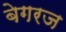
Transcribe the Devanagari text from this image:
बेगरज